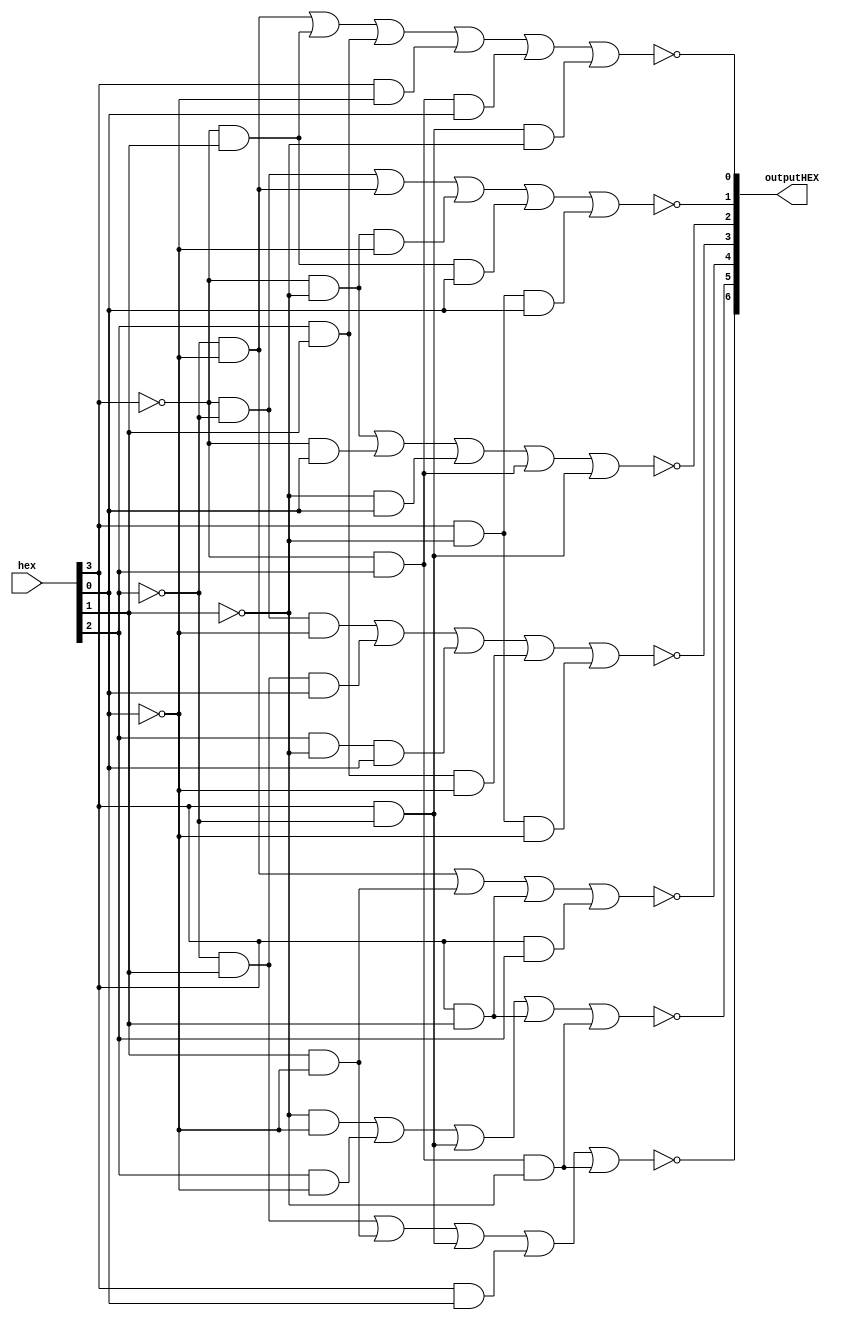
`timescale 1ns/1ns

module hexDecoder(hex, outputHEX);

	input [3:0] hex;
	output [6:0] outputHEX;
	
	wire a, b, c, d;
	
	assign a = hex[3];
	assign b = hex[2];
	assign c = hex[1];
	assign d = hex[0];
	
	assign outputHEX[0]  = ~((~b & ~d) | (~a & c) | (b & c) | (a & ~d) | (~a & b & d) | (a & ~b & ~c));
	
	assign outputHEX[1] = ~((~a & ~b) | (~b & ~d) | (~a & ~c & ~d) | (~a & c & d) | (a & ~c & d));
	
	assign outputHEX[2] = ~((~a & ~c) | (~a & d) | (~c & d) | (~a & b) | (a & ~b));
	
	assign outputHEX[3] = ~((~a & ~b & ~d) | (~b & c & d) | (b & ~c & d) | (b & c & ~d) | (a & ~c & ~d));
		
	assign outputHEX[4] = ~((~b & ~d) | (c & ~d) | (a & c) | (a & b));
	
	assign outputHEX[5] = ~((~c & ~d) | (b & ~d) | (a & ~b) |(a & c) | (~a & b & ~c));
	
	assign outputHEX[6] = ~((~b & c) | (c & ~d) | (a & ~b) | (a & d) | (~a & b & ~c));
	
endmodule